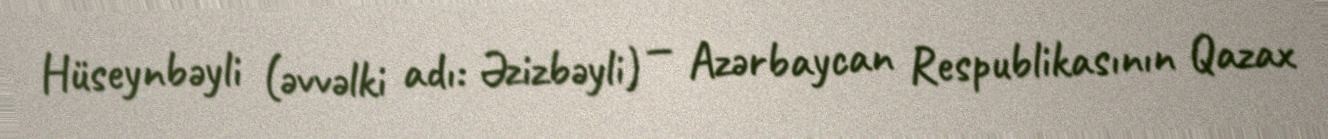
Hüseynbəyli (əvvəlki adı: Əzizbəyli) — Azərbaycan Respublikasının Qazax